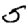
Digit: 5